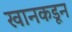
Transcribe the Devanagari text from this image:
खानकडून